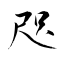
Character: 咫